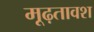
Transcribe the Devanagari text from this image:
मूढ़तावश